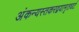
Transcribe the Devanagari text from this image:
अंकन्यस्तकरद्वयामृतघटं